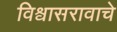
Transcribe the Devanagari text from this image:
विश्वासरावाचे